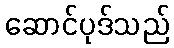
ဆောင်ပုဒ်သည်